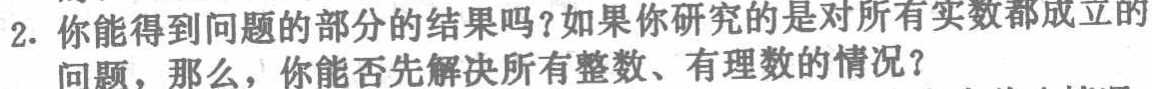
2. 你能得到问题的部分的结果吗？如果你研究的是对所有实数都成立的问题，那么，你能否先解决所有整数、有理数的情况？